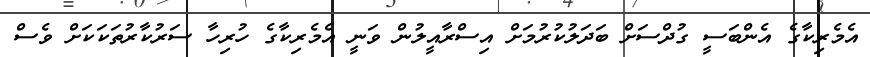
އެމެރިކާގެ އެންބަސީ ގުދްސަށް ބަދަލުކުރުމަށް އިސްރާއީލުން ވަނީ އެމެރިކާގެ ހުރިހާ ސަރުކާރުތަކަކަށް ވެސް